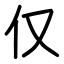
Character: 仅